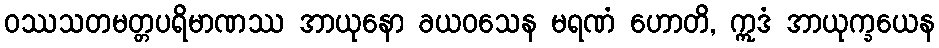
ဝဿသတမတ္တပရိမာဏဿ အာယုနော ခယဝသေန မရဏံ ဟောတိ, ဣဒံ အာယုက္ခယေန